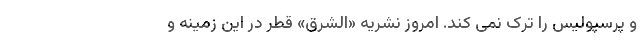
و پرسپولیس را ترک نمی کند. امروز نشریه «الشرق» قطر در این زمینه و